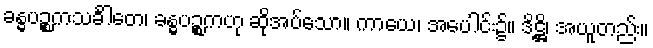
ခန္ဓပဉ္စကသင်္ခါတေ၊ ခန္ဓပဉ္စကဟု ဆိုအပ်သော။ ကာယေ၊ အပေါင်း၌။ ဒိဋ္ဌိ၊ အယူတည်း။